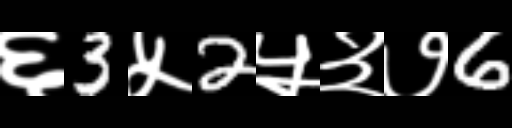
Text: ६3५2५३७6